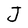
Character: J